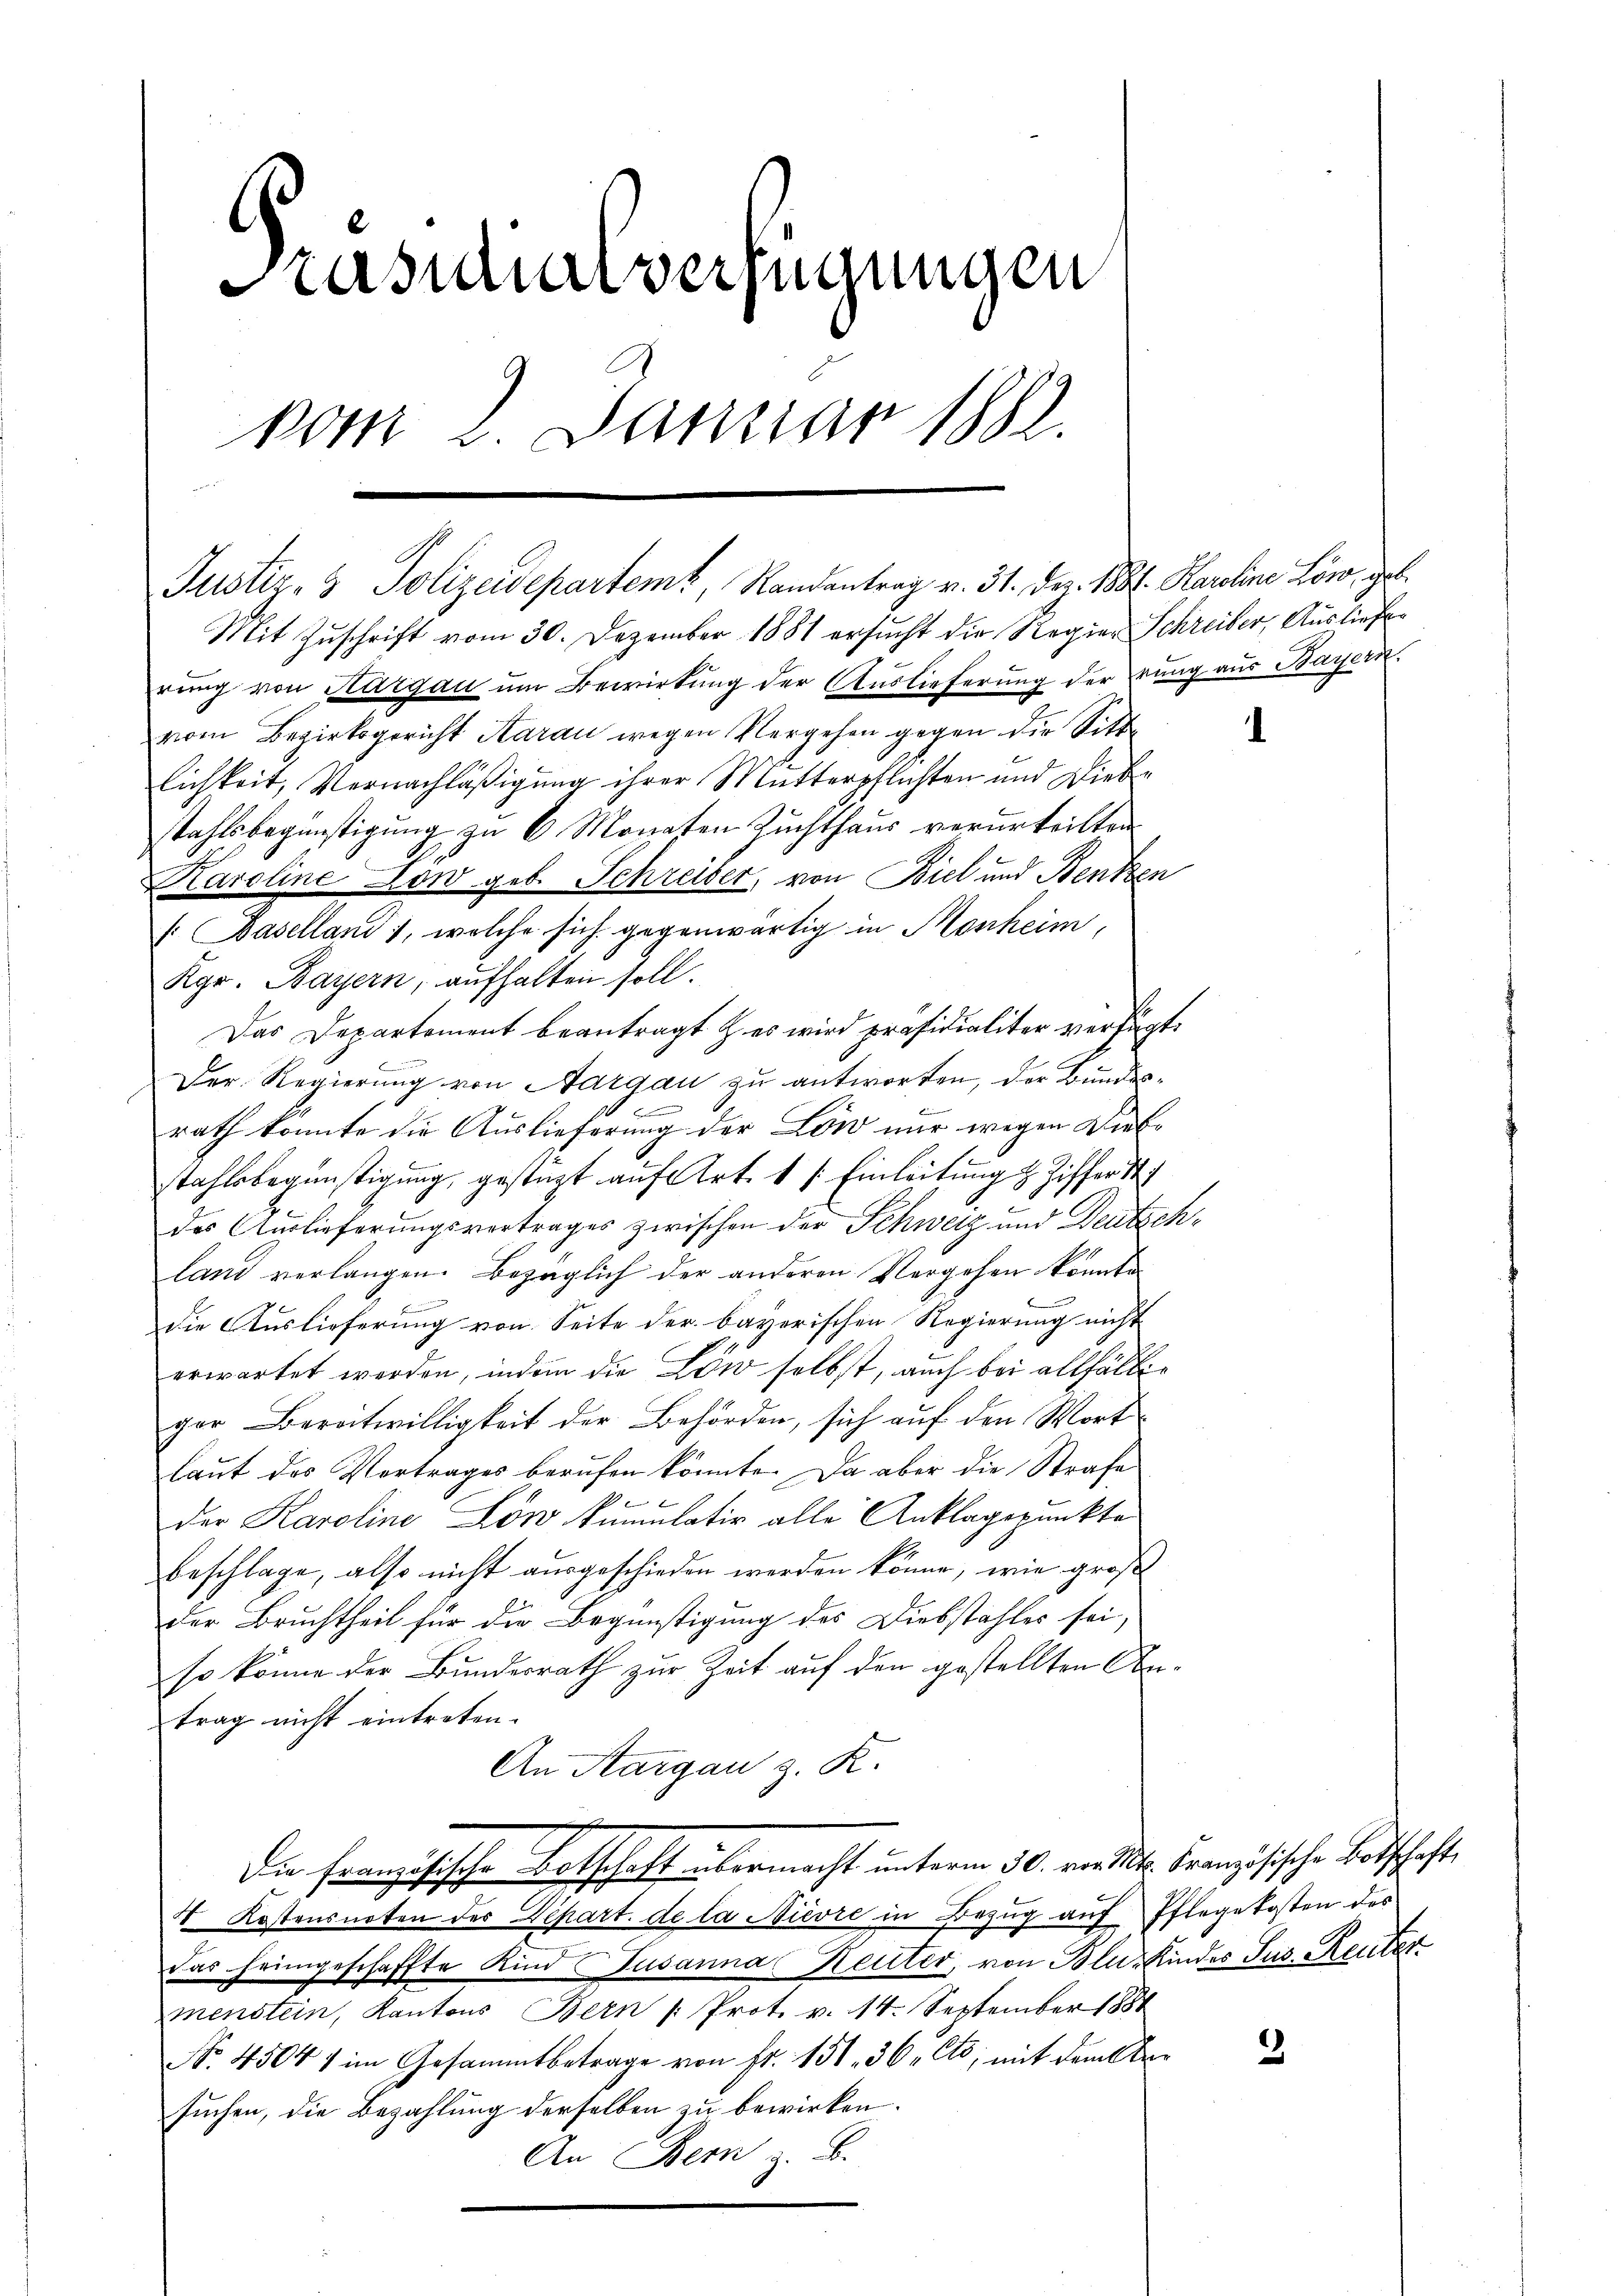
Präsidialverfügungen
vom 2. Januar 1882.

Mit Zuschrift vom 30. Dezember 1881 ersucht die Regier Schreiber, Ausliefer
rung von Hargau um Bewirkung der Auslieferung der rung aus Bayern.
vom Bezirksgericht Aarau wegen Vergehen gegen die Sitt
lichkeit, Vernachläßigung ihrer Mutterpflichten und Diebstahlsbegünstigung zu 6 Monaten Zuchthaus verurteilten
Karoline Low geb. Schreiber, von Biel und Bentzen
 Baselland 1, welche sich gegenwärtig in Monheim,
Rgr. Bayern, aufhalten soll.
Das Departement beantragt & es wird präsidialiter verfügt:
Der Regierung von Aargau zu antworten, der Bundes¬
E
rath konnte die Auslieferung der Löw nur wegen Diebstahlsbegünstigung, gestüzt auf Art. 1 f: Einleitung z. Ziffer St
des Auslieferungsvertrages zwischen der Schweiz und Deutschland verlangen. Bezüglich der anderen Vergehen konnte

die Auslieferung von Seite der bayerischen Regierung nicht
erwartet werden, indem die Löw selbst, auch bei allfältiger Bereitwilligkeit der Behörden, sich auf den Wortlaut des Vortrages berufen könnte. Da aber die Strafe
der Karoline Lon kumulativ alle Anklagspunkte
beschlage, also nicht ausgeschieden werden könne, wie groß
E
der Bruchtheil für die Begünstigung des Diebstahles sei,
so könne der Bundesrath zur Zeit auf den gestellten Antrag nicht eintreten.
An Aargau z. K.
Die Französische Botschaft übermacht unterm 30. von St. Französische Botschaft
4 Kostensnoten der Depart. de la Nievre in Bezug auf Pflegekosten des
das heimgeschaffte Kind Susanna Heuter, von Blu-Kindes Jus. Reuter
menstein, Kantons Bern Prot. v. 14. September 1881
No. 45041 im Gesammtbetrage von Fr. 151. 36, Cts; mit dem Obersuchen, die Bezahlung derselben zu bewirken.
An Bern z. B.

Justiz- & Polizeidepartemt, Randantrag v. 31. Dez. 1881. Karoline Löwo, geb.

1

2